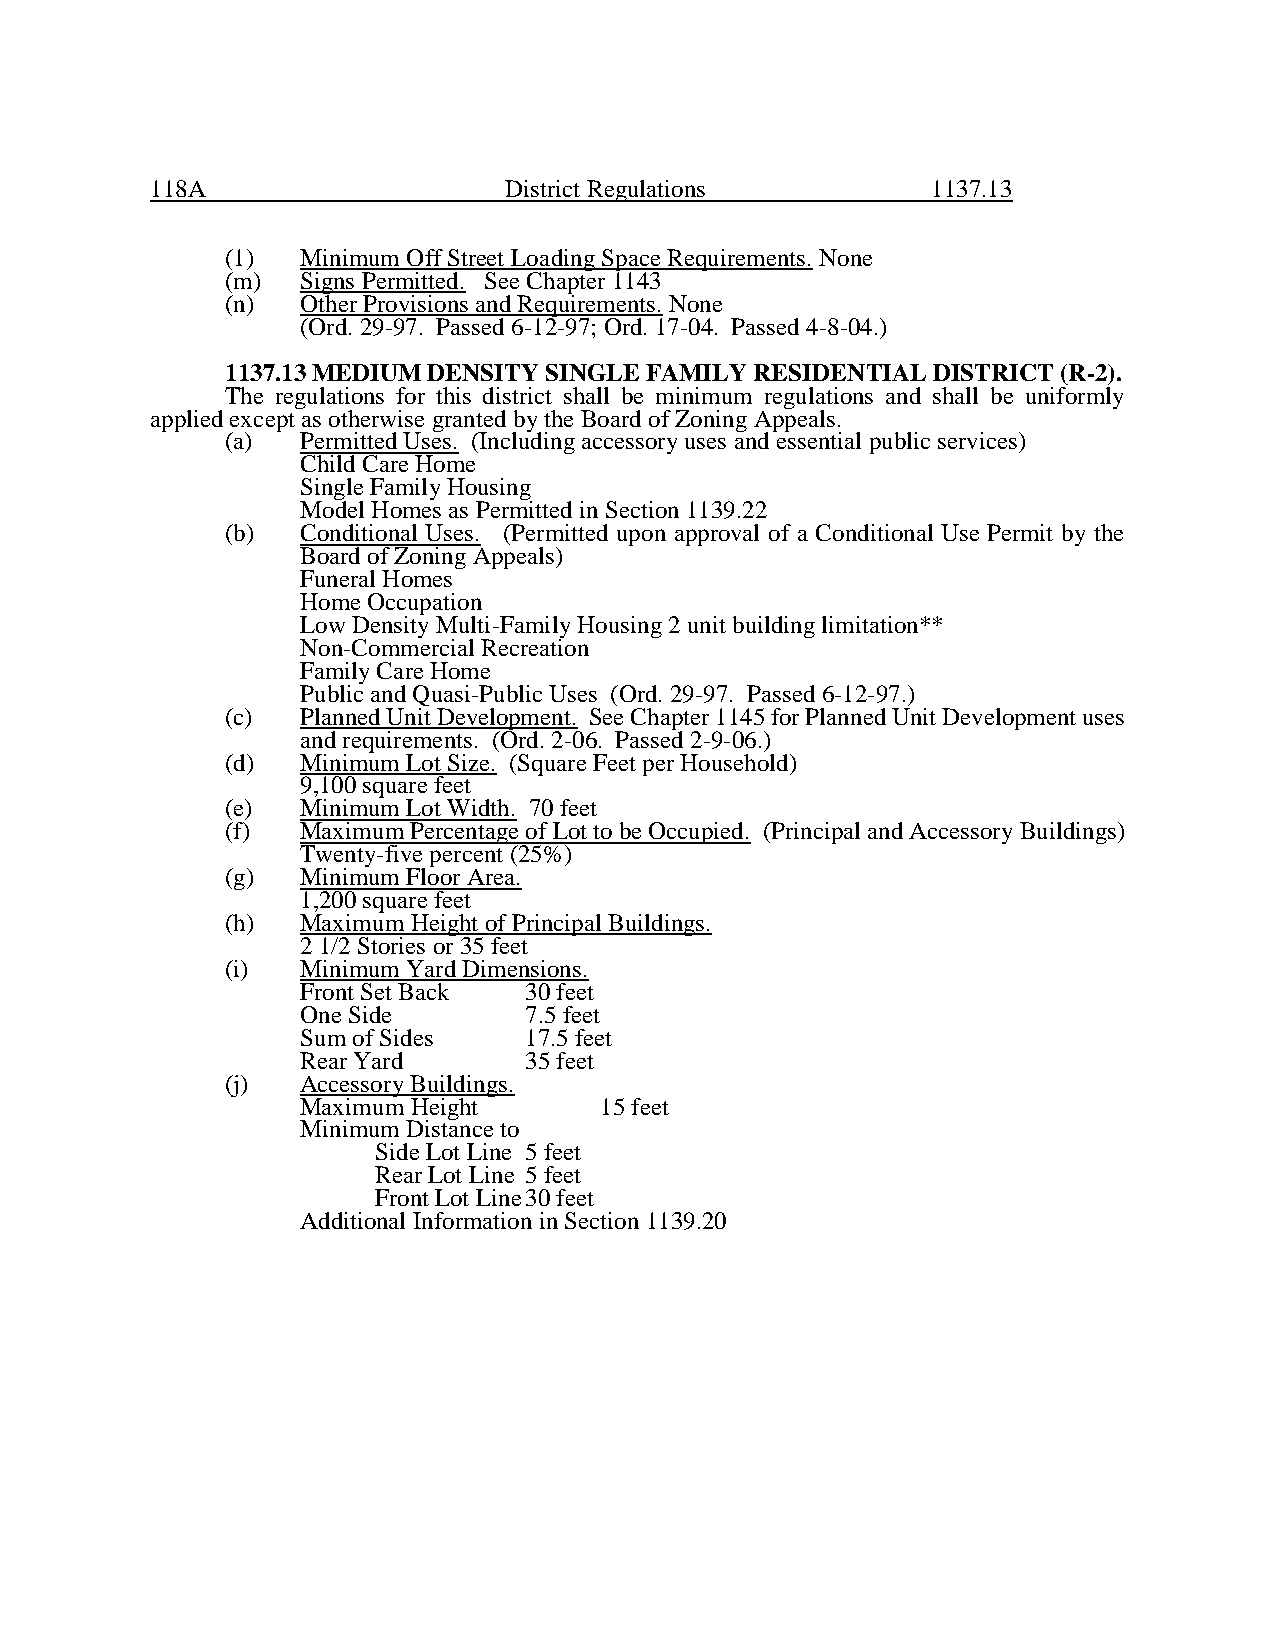
118A                   District Regulations         1137.13
 (1)  Minimum Off Street Loading Space Requirements. None
 (m)  Signs Permitted. See Chapter 1143
 (n)  Other Provisions and Requirements. None
 (Ord. 29-97. Passed 6-12-97; Ord. 17-04. Passed 4-8-04.)
 1137.13 MEDIUM DENSITY SINGLE FAMILY RESIDENTIAL DISTRICT (R-2).
 The regulations for this district shall be minimum regulations and shall be uniformly
 applied except as otherwise granted by the Board of Zoning Appeals.
 (a)  Permitted Uses. (Including accessory uses and essential public services)
 Child Care Home
 Single Family Housing
 Model Homes as Permitted in Section 1139.22
 (b)  Conditional Uses. (Permitted upon approval of a Conditional Use Permit by the
 Board of Zoning Appeals)
 Funeral Homes
 Home Occupation
 Low Density Multi-Family Housing 2 unit building limitation**
 Non-Commercial Recreation
 Family Care Home
 Public and Quasi-Public Uses (Ord. 29-97. Passed 6-12-97.)
 (c)  Planned Unit Development. See Chapter 1145 for Planned Unit Development uses
 and requirements. (Ord. 2-06. Passed 2-9-06.)
 (d)  Minimum Lot Size. (Square Feet per Household)
 9,100 square feet
 (e)  Minimum Lot Width. 70 feet
 (f)  Maximum Percentage of Lot to be Occupied. (Principal and Accessory Buildings)
 Twenty-five percent (25%)
 (g)  Minimum Floor Area.
 1,200 square feet
 (h)  Maximum Height of Principal Buildings.
 2 1/2 Stories or 35 feet
 (i)  Minimum Yard Dimensions.
 Front Set Back 30 feet
 One Side       7.5 feet
 Sum of Sides   17.5 feet
 Rear Yard      35 feet
 (j)  Accessory Buildings.
 Maximum Height      15 feet
 Minimum Distance to
 Side Lot Line 5 feet
 Rear Lot Line 5 feet
 Front Lot Line 30 feet
 Additional Information in Section 1139.20